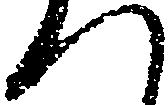
へ